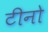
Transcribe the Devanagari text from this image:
टीनो